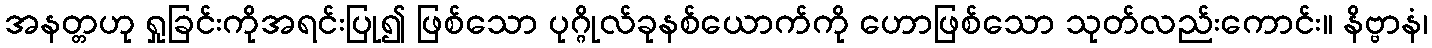
အနတ္တဟု ရှုခြင်းကိုအရင်းပြု၍ ဖြစ်သော ပုဂ္ဂိုလ်ခုနစ်ယောက်ကို ဟောဖြစ်သော သုတ်လည်းကောင်း။ နိဗ္ဗာနံ၊